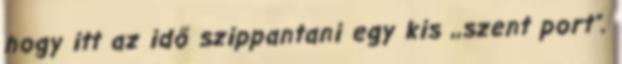
hogy itt az idő szippantani egy kis ,,szent port".